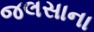
જલસાના